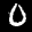
Label: 0